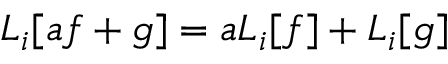
L _ { i } [ a f + g ] = a L _ { i } [ f ] + L _ { i } [ g ]